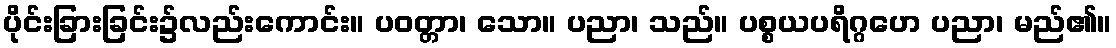
ပိုင်းခြားခြင်း၌လည်းကောင်း။ ပဝတ္တာ၊ သော။ ပညာ၊ သည်။ ပစ္စယပရိဂ္ဂဟေ ပညာ၊ မည်၏။